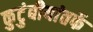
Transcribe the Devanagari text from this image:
कुटुंबीयांतर्फे